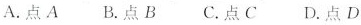
A.点A B.点B C.点C D.点D